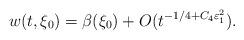
LaTeX: \begin{align*}w(t,\xi_0) = \beta(\xi_0) + O(t^{-1/4 + C_4 \varepsilon_1^2}).\end{align*}